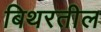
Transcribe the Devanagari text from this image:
बिथरतील